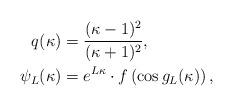
LaTeX: \begin{align*}q(\kappa) &=\frac{(\kappa - 1)^2}{(\kappa + 1)^2}, \\\psi_L(\kappa) &=e^{L \kappa} \cdot f\left( \cos{g_L(\kappa)} \right),\end{align*}